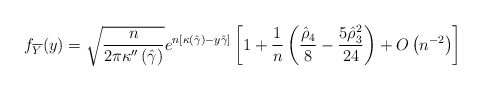
\begin{align*} f_{\overline{Y}}(y) = \sqrt{\frac{n}{2\pi \kappa''\left(\hat{\gamma}\right)}} e^{n\left[ \kappa\left(\hat{\gamma}\right) - y \hat{\gamma} \right]} \left[ 1 + \frac{1}{n} \left( \frac{\hat{\rho}_4}{8} - \frac{5 \hat{\rho}_3^2}{24}\right) + O\left(n^{-2}\right) \right] \end{align*}